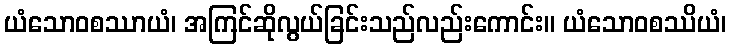
ယံသောဝစဿာယံ၊ အကြင်ဆိုလွယ်ခြင်းသည်လည်းကောင်း။ ယံသောဝစဿိယံ၊